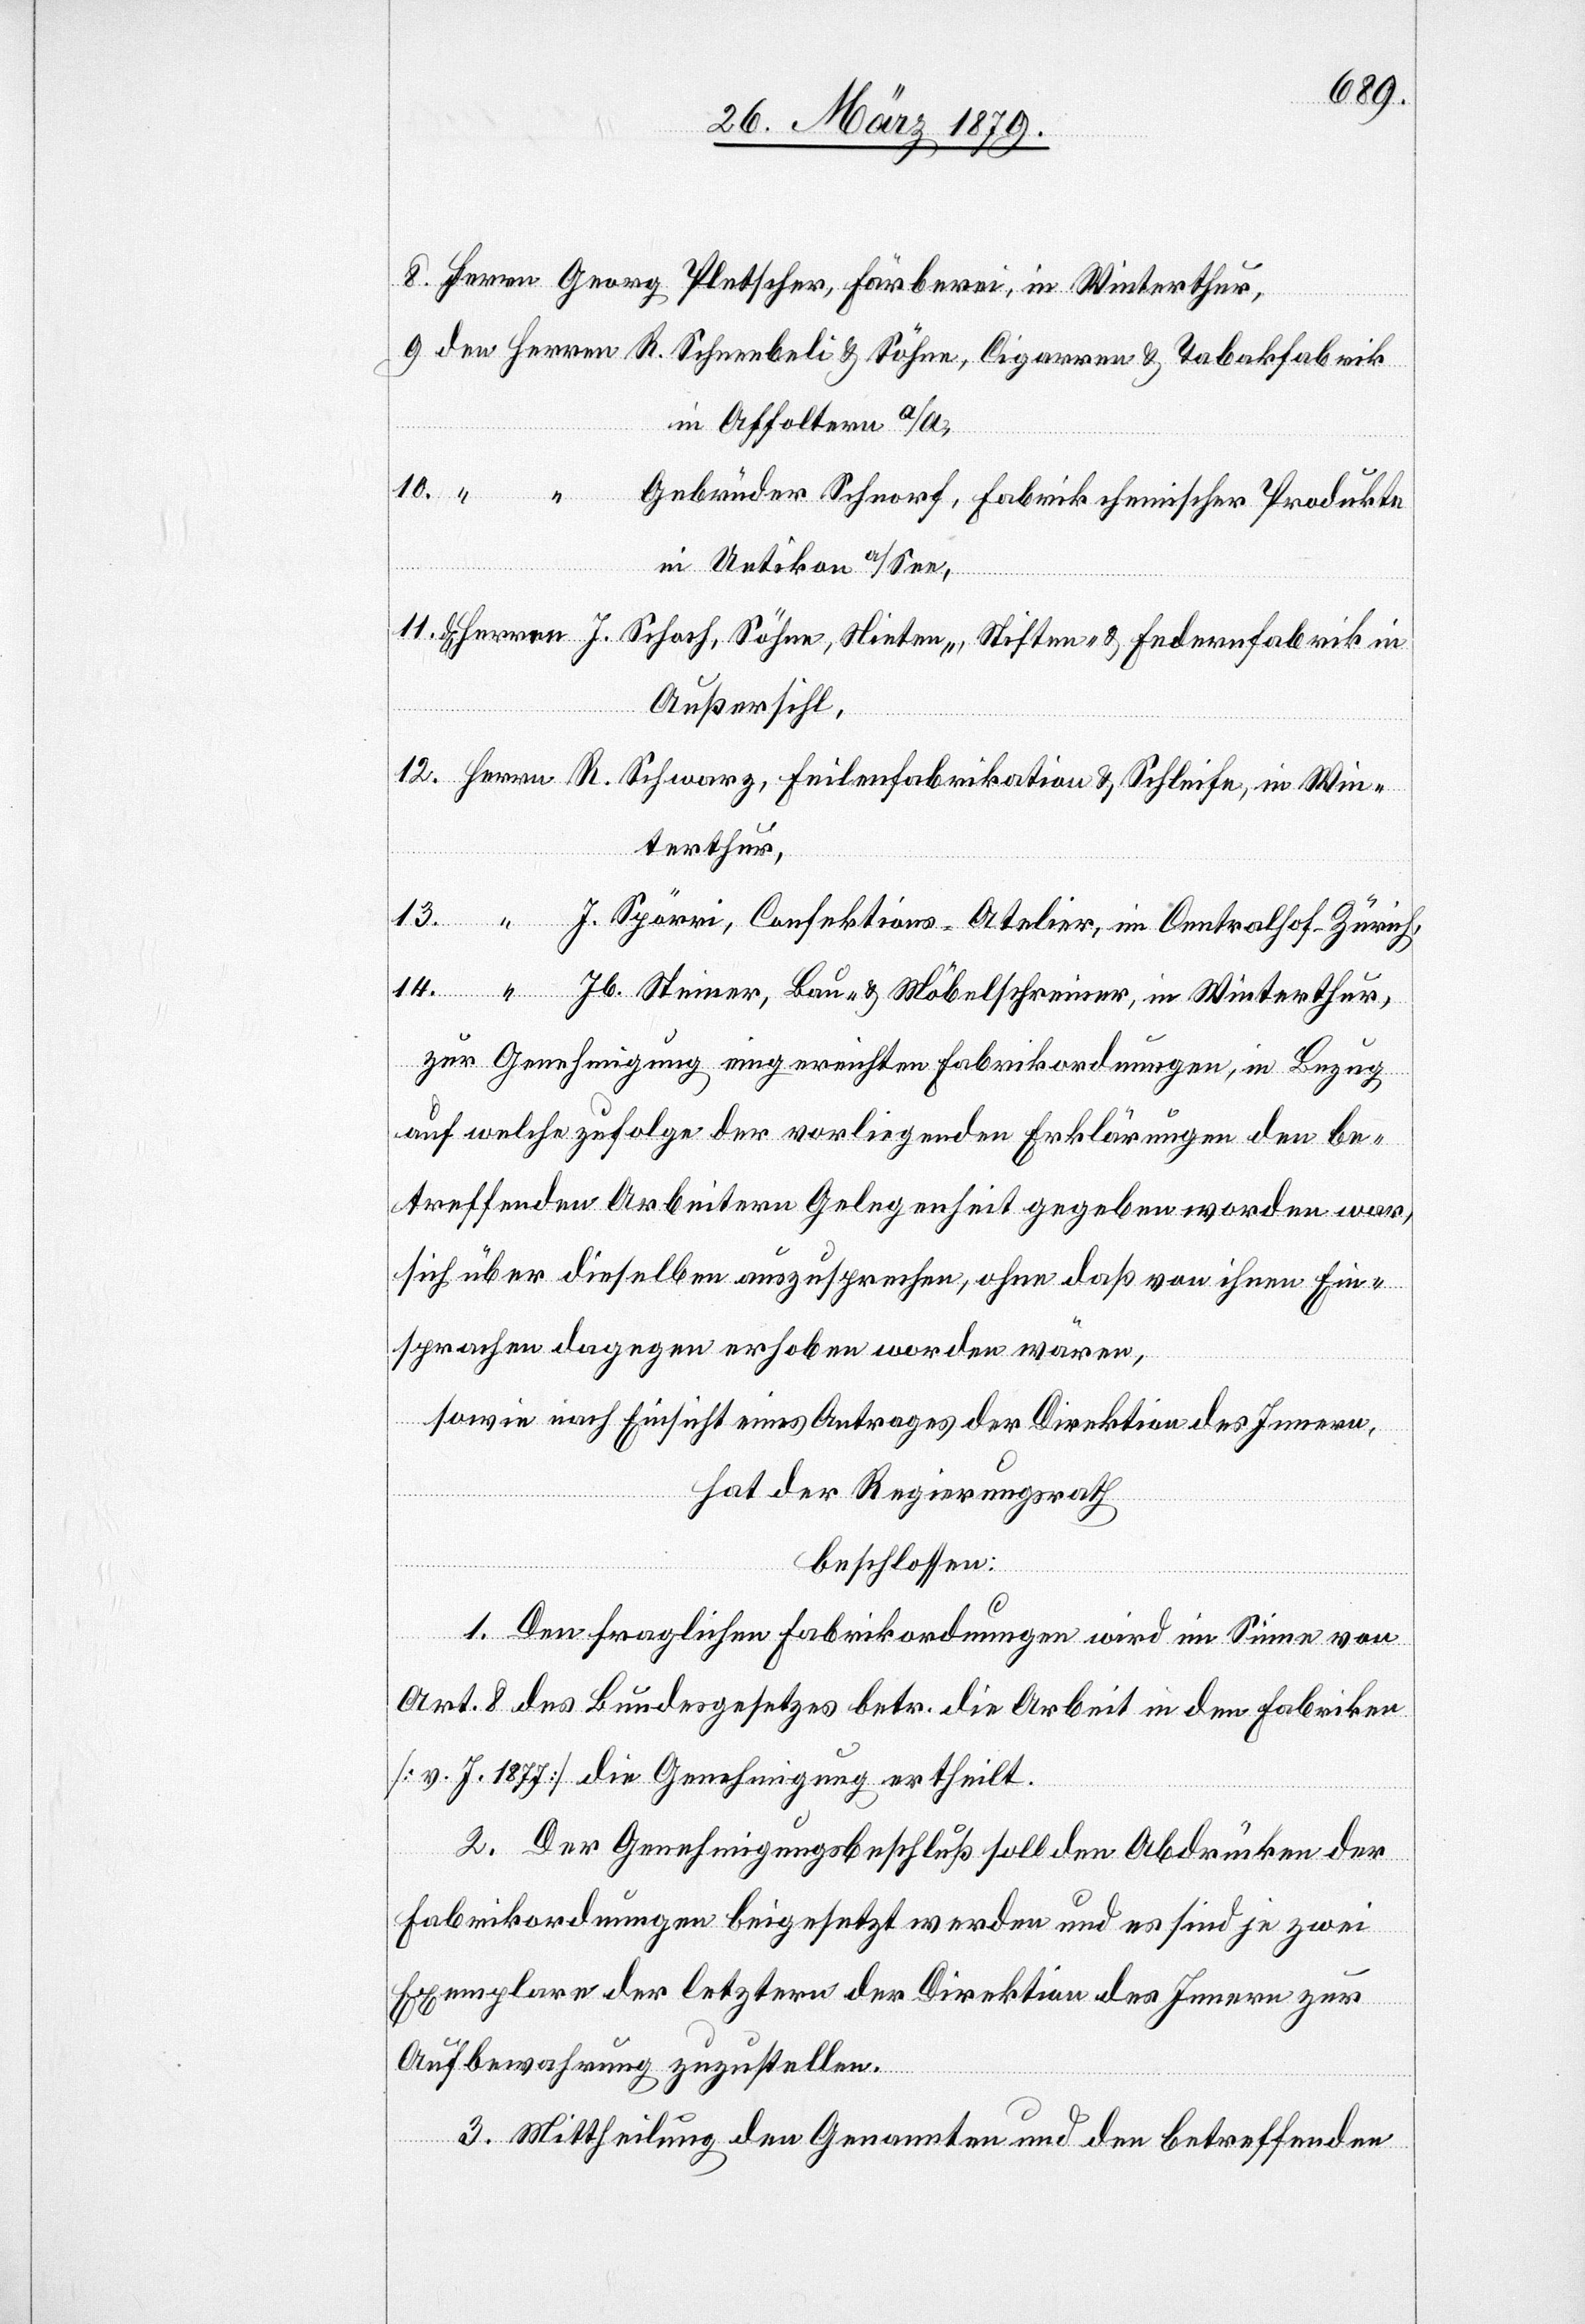
in Affoltern a/A.,
10. “
Gebrüder Schnorf, Fabrik chemischer Produkte
in Uetikon a/See,
Win¬
Außersihl,
terthur,
“
J. Spörri, Confektions-Atelier, im Centralhof - Zürich,
Jb. Steiner, Bau- & Möbelschreiner, in Winterthur,
zur Genehmigung eingereichten Fabrikordnungen, in Bezug
auf welche zufolge der vorliegenden Erklärungen den be¬
treffenden Arbeitern Gelegenheit gegeben worden war,
sich über dieselben auszusprechen, ohne daß von ihnen Ein¬
sprachen dagegen erhoben worden wären,
sowie nach Einsicht eines Antrages der Direktion des Innern,
hat der Regierungsrath
beschlossen:
14.
1. Den fraglichen Fabrikordnungen wird im Sinne von
Art. 8 des Bundesgesetzes betr. die Arbeit in den Fabriken
[v. J. 1877] die Genehmigung ertheilt.
2. Der Genehmigungsbeschluß soll den Abdrücken der
Fabrikordnungen beigesetzt werden und es sind je zwei
Exemplare der letztern der Direktion des Innern zur
Aufbewahrung zuzustellen.
3. Mittheilung den Genannten und den betreffenden